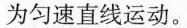
为匀速直线运动。